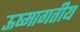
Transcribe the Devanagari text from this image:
ऊष्मागतीय